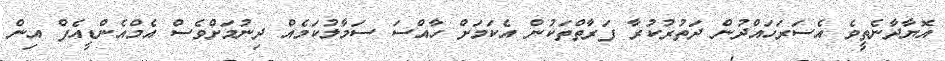
އޮޔާދާނެތީވެ އެސަރަހައްދުން ދަތުރުކުރާ ފަރާތްތަކުން އެކަމަށް ހާއްސަ ސަމާލުކަމެއް ދިނުމަށްވެސް އެމްއެންޑީއެފް އިން